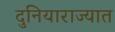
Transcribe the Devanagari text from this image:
दुनियाराज्यात